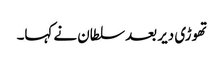
تھوڑی دیر بعد سلطان نے کہا۔